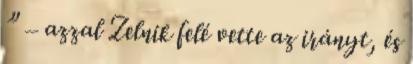
” – azzal Zelnik felé vette az irányt, és